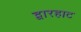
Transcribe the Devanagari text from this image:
द्वारहाट